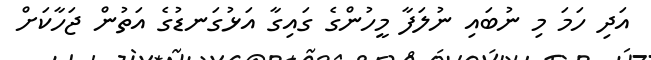
އަދި ހަމަ މި ނުބައި ނުލަފާ މީހުންގެ ގައިގާ އަޅުގަނޑުގެ އަތުން ޖަހާކަށް